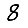
Digit: 8